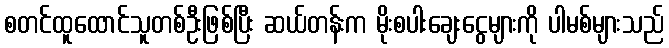
စတင်ထူထောင်သူတစ်ဦးဖြစ်ပြီး ဆယ်တန်းက မိုးစပါးချေးငွေများကို ပါမစ်များသည်